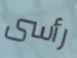
رأسى